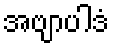
အဗျာပါဒံ